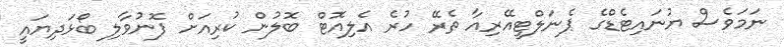
ނަމަވެސް ޔުނައިޓެޑްގެ ޕެނަލްޓީއޭރިއާ ތެރޭ ހުރެ އެލިއޮޓް ބޮލުން ކުރިއަށް ފޮނުވާލި ބޯޅަދިޔައީ